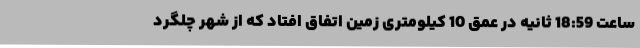
ساعت 18:59 ثانیه در عمق 10 کیلومتری زمین اتفاق افتاد که از شهر چلگرد